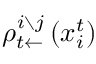
\rho _ { t \leftarrow } ^ { i \setminus j } \left( x _ { i } ^ { t } \right)